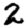
Digit: 2